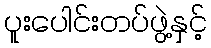
ပူးပေါင်းတပ်ဖွဲ့နှင့်